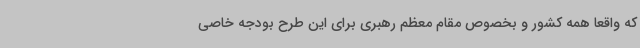
که واقعا همه کشور و بخصوص مقام معظم رهبری برای این طرح بودجه خاصی